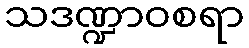
သဒဏ္ဍာဝစရာ